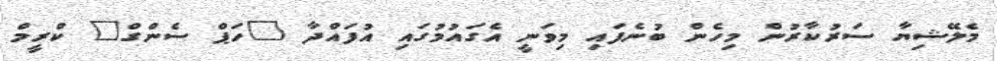
މެލޭޝިޔާ ސަރުކާރުން މިހެން ބުނެފައި މިވަނީ އެގައުމުގައި އުފައްދާ "ހަޕް ސެންގް" ކްރީމް